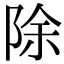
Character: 除